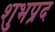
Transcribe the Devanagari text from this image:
शुभप्रद